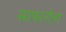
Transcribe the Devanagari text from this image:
साफारोवा